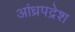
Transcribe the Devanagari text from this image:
आंध्रपद्रेश